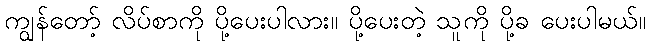
ကျွန်တော့် လိပ်စာကို ပို့ပေးပါလား။ ပို့ပေးတဲ့ သူကို ပို့ခ ပေးပါမယ်။